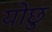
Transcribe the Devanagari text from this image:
योछु